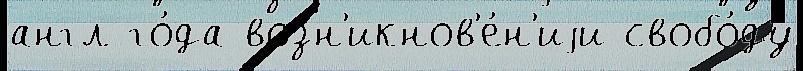
англ го́да возн'икнов'е́н'иjи свобо́ду